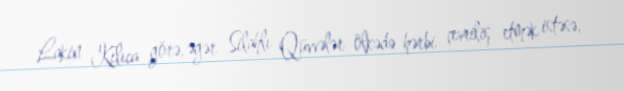
Lakin Kılıca görə, əgər Silahlı Qüvvələr ölkədə hərbi çevriliş etmək istəsə,